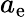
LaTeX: a_{\mathrm{e}}